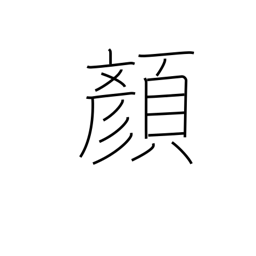
Meaning: expression